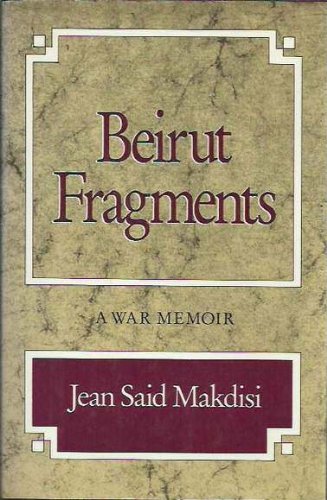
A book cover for Beirut Fragments: A War Memoir; Jean Said Makdisi; Travel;